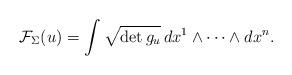
LaTeX: \begin{align*}\mathcal{F}_\Sigma (u)=\int \sqrt{\det g_u }\,dx^1\wedge\dots\wedge dx^n.\end{align*}